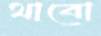
থাবো